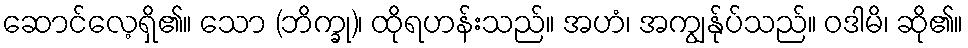
ဆောင်လေ့ရှိ၏။ သော (ဘိက္ခု)၊ ထိုရဟန်းသည်။ အဟံ၊ အကျွန်ုပ်သည်။ ဝဒါမိ၊ ဆို၏။